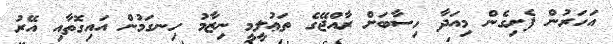
އަހަރުން ފެށިގެން މިއަދާ ހިސާބަށް ރާއްޖޭގެ ތަޢުލީމީ ނިޒާމު ހިނގަމުން އައިގޮތާއި އޭރު